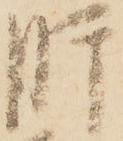
肝